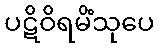
ပဋိဝိရမိံသုပေ